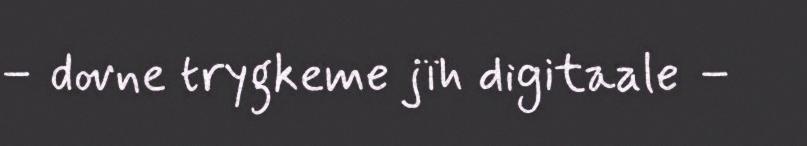
– dovne trygkeme jïh digitaale –